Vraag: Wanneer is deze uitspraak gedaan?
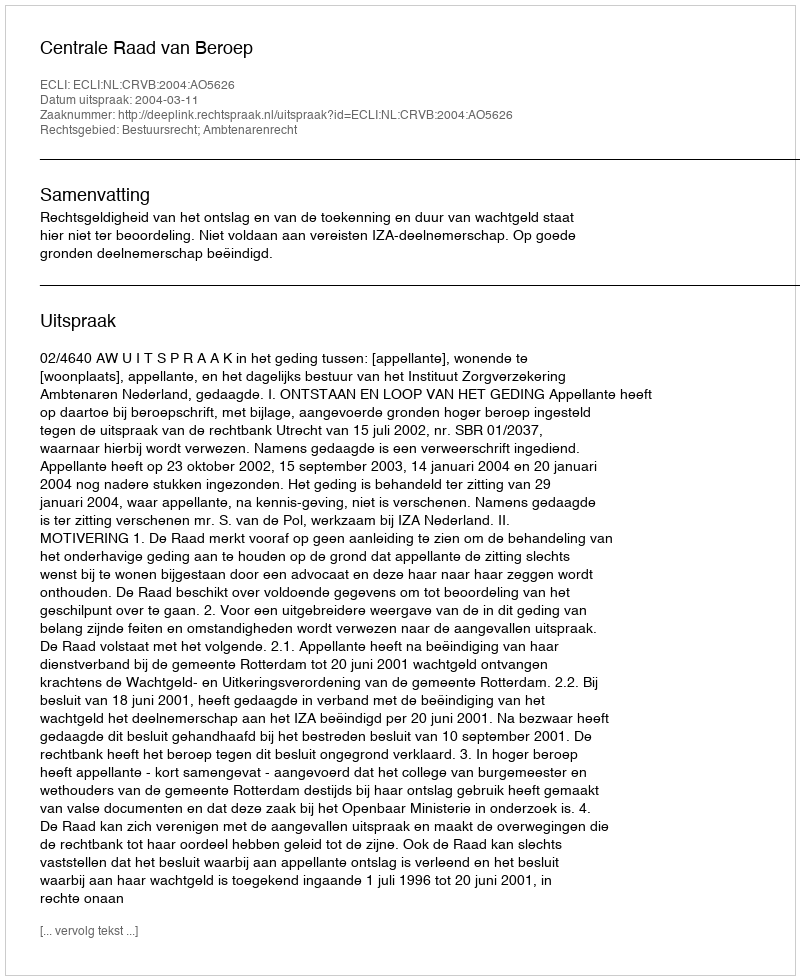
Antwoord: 2004-03-11